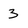
Character: 3